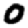
Digit: 0